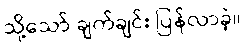
သို့သော် ချက်ချင်း ပြန်လာခဲ့။